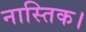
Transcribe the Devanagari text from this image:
नास्तिक।